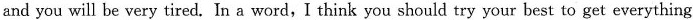
and you will be very tired. In a word,I think you should try your best to get everything